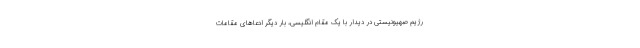
رژیم صهیونیستی در دیدار با یک مقام انگلیسی، بار دیگر ادعاهای مقامات